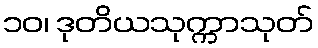
၁၀၊ ဒုတိယသုက္ကာသုတ်